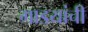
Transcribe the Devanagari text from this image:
गाडयांची